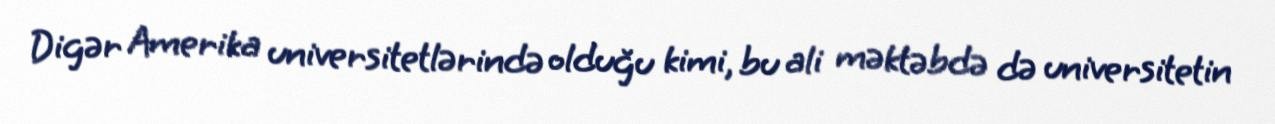
Digər Amerika universitetlərində olduğu kimi, bu ali məktəbdə də universitetin